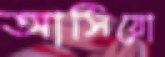
আসিয়ো